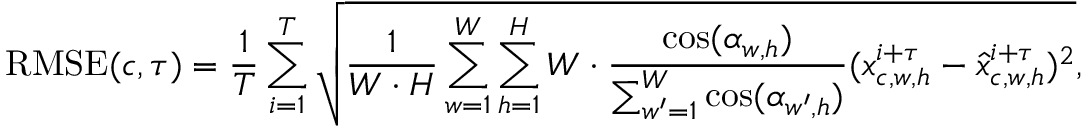
\operatorname { R M S E } ( c , \tau ) = \frac { 1 } { T } \sum _ { i = 1 } ^ { T } \sqrt { \frac { 1 } { W \cdot H } \sum _ { w = 1 } ^ { W } \sum _ { h = 1 } ^ { H } W \cdot \frac { \cos ( \alpha _ { w , h } ) } { \sum _ { w ^ { \prime } = 1 } ^ { W } \cos ( \alpha _ { w ^ { \prime } , h } ) } ( x _ { c , w , h } ^ { i + \tau } - \hat { x } _ { c , w , h } ^ { i + \tau } ) ^ { 2 } } ,